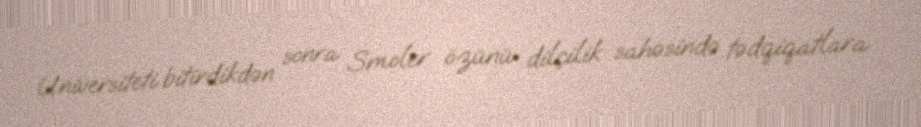
Universiteti bitirdikdən sonra Smoler özünü dilçilik sahəsində tədqiqatlara